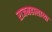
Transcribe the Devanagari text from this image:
राजमहालाच्या